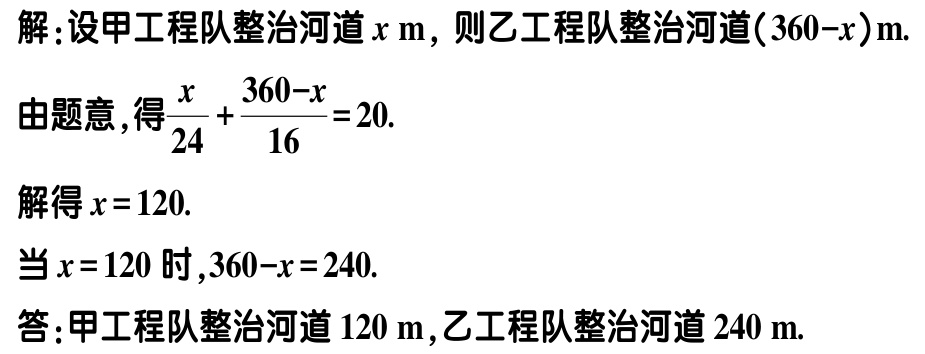
解：设甲工程队整治河道\(x\mathrm{ m}\)，则乙工程队整治河道\((360 - x)\mathrm{ m}\).
由题意，得\(\frac{x}{24}+\frac{360 - x}{16}=20\).
解得\(x = 120\).
当\(x = 120\)时，\(360 - x = 240\).
答：甲工程队整治河道\(120\mathrm{ m}\)，乙工程队整治河道\(240\mathrm{ m}\).